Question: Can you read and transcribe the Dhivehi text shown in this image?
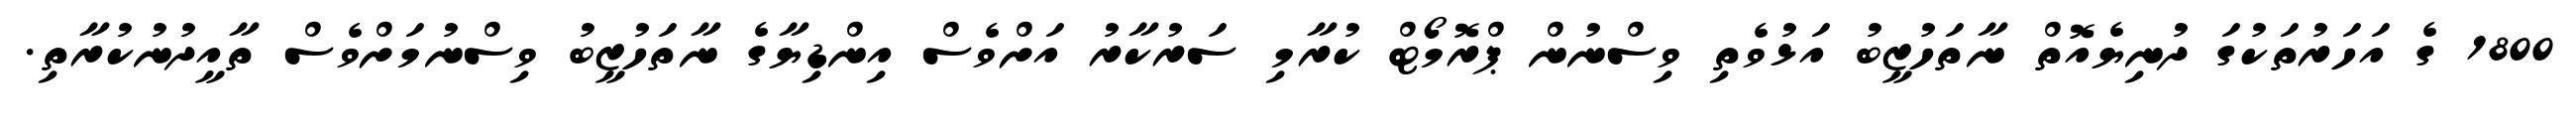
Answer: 1800 ގެ އަހަރުތަކުގަ ދުނިޔެއޮތް ނާތަހުޒީބު އަޅުވެތި ވިސްނުން ޕްރޮމޯޓް ކުރާމި ސަރުކާރު އަށްވެސް އިންޑިޔާގެ ނާތަހުޒީބު ވިސްނުމަށްވެސް ތާއީދުނުކުރާތި.